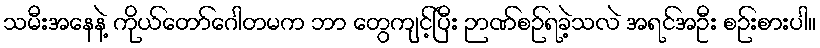
သမီးအနေနဲ့ ကိုယ်တော်ဂေါတမက ဘာ တွေကျင့်ပြီး ဉာဏ်စဉ်ရခဲ့သလဲ အရင်အဦး စဉ်းစားပါ။